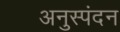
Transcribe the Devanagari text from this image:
अनुस्पंदन